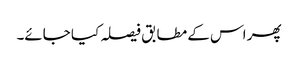
پھر اس کے مطابق فیصلہ کیا جائے۔